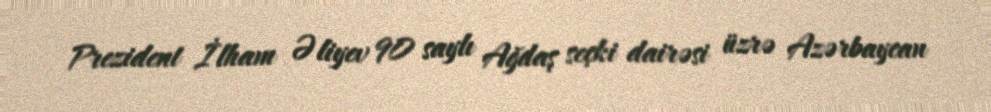
Prezident İlham Əliyev 90 saylı Ağdaş seçki dairəsi üzrə Azərbaycan